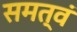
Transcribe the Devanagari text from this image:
समत्वं